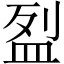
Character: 𥁟